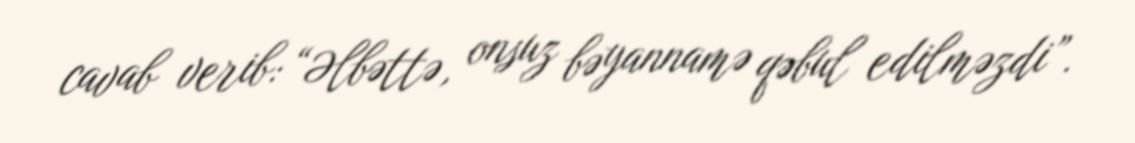
cavab verib: “Əlbəttə, onsuz bəyannamə qəbul edilməzdi”.